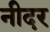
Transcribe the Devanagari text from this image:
नीदर